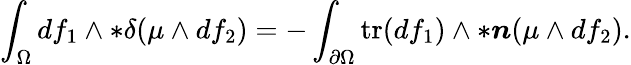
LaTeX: \int_{\Omega}df_{1}\wedge\ast\delta(\mu\wedge df_{2})=-\int_{\partial\Omega}\mathrm{tr}(df_{1})\wedge\ast\boldsymbol{n}(\mu\wedge df_{2}).